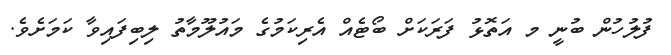
ފުލުހުން ބުނީ މ އަތޮޅު ފަރަކަށް ބޯޓެއް އެރިކަމުގެ މައުލޫމާތު ލިބިފައިވާ ކަމަށެވެ.